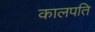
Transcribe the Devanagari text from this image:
कालपति